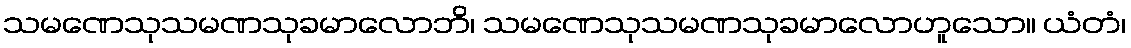
သမဏေသုသမဏသုခမာလောဘိ၊ သမဏေသုသမဏသုခမာလောဟူသော။ ယံတံ၊